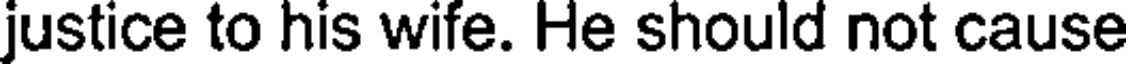
justice to his wife. He should not cause